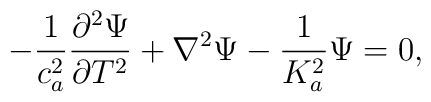
-\frac{1}{c_a^2}\frac{\partial^2 \Psi}{\partial T^2}+\nabla^2\Psi -\frac{1}{K_a^2}\Psi=0,